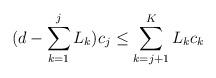
LaTeX: \begin{align*}(d-\sum_{k=1}^{j}L_{k})c_j \leq \sum_{k=j+1}^K L_{k} c_k\end{align*}